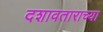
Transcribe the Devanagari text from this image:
दशावताराच्या